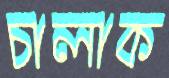
চালাক